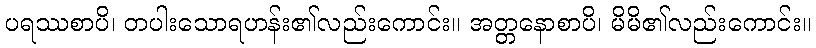
ပရဿစာပိ၊ တပါးသောရဟန်း၏လည်းကောင်း။ အတ္တနောစာပိ၊ မိမိ၏လည်းကောင်း။